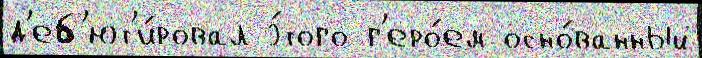
д'еб'ют'и́ровал э́того г'еро́ем осно́ванный